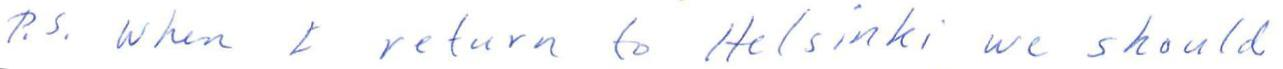
P.S. when I return to Helsinki we should